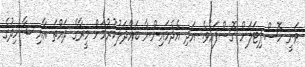
ވަނީ ހޮސްޕިޓަލަށް ގޮސްފައެވެ. އަދި އެދެމައިންނާ ބައްދަލުކުރުމަށް މީރާގެ ދައްތަ އާއި ޝާހިދުގެ